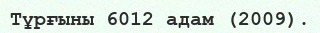
Тұрғыны 6012 адам (2009).